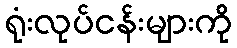
ရုံးလုပ်ငန်းများကို